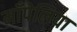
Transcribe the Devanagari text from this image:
माँपेलिया